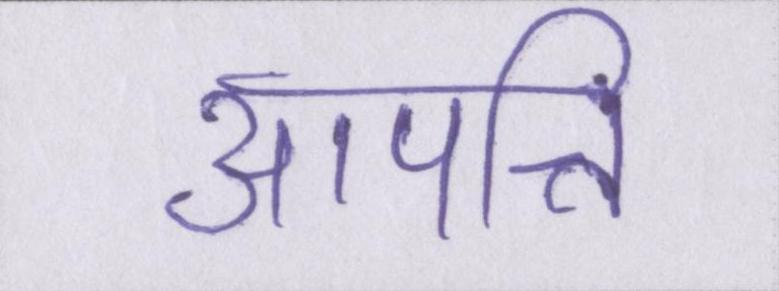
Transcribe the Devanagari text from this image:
आपत्ति